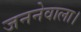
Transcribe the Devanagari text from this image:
जननेवाला।